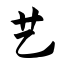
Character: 艺